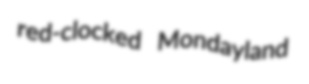
red-clocked Mondayland